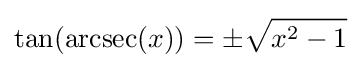
\tan(\operatorname {arcsec} (x))=\pm {\sqrt {x^{2}-1}}